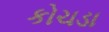
કોચડા